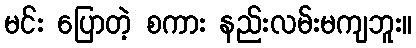
မင်း ပြောတဲ့ စကား နည်းလမ်းမကျဘူး။